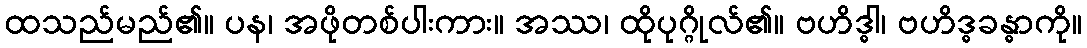
ထသည်မည်၏။ ပန၊ အဖိုတစ်ပါးကား။ အဿ၊ ထိုပုဂ္ဂိုလ်၏။ ဗဟိဒ္ဓါ၊ ဗဟိဒ္ဓခန္ဓာကို။